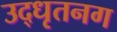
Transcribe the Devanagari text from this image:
उद्‌धृतनग